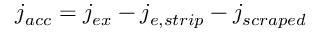
j _ { a c c } = j _ { e x } - j _ { e , s t r i p } - j _ { s c r a p e d }